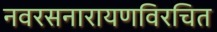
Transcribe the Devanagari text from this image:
नवरसनारायणविरचित